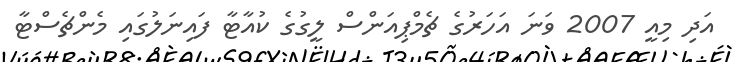
އަދި މިއީ 2007 ވަނަ އަހަރުގެ ޗެމްޕިއަންސް ލީގުގެ ކުއާޓާ ފައިނަލުގައި މެންޗެސްޓާ